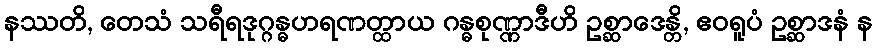
နဿတိ, တေသံ သရီရဒုဂ္ဂန္ဓဟရဏတ္ထာယ ဂန္ဓစုဏ္ဏာဒီဟိ ဥစ္ဆာဒေန္တိ, ဧဝရူပံ ဥစ္ဆာဒနံ န